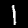
Label: 1